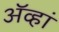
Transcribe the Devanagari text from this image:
ॲव्हां